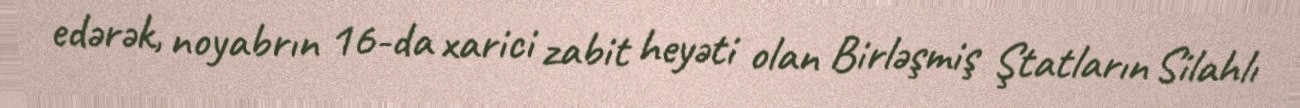
edərək, noyabrın 16-da xarici zabit heyəti olan Birləşmiş Ştatların Silahlı